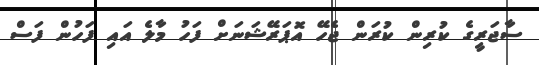
ސާޖަރީގެ ކުރިން ކުރަން ޖެހޭ އޮޕަރޭޝަނަށް ފަހު މާލެ އައި ފަހުން ފަސް